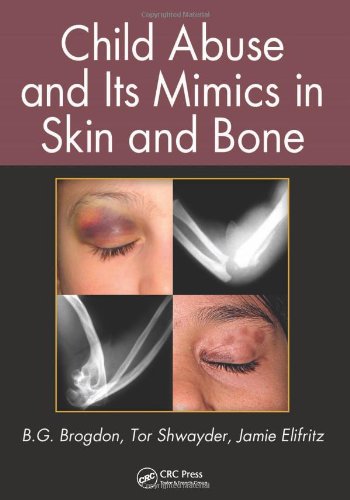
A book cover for Child Abuse and its Mimics in Skin and Bone; B. G. Brogdon; Science & Math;